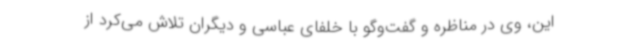
این، وی در مناظره و گفت‌وگو با خلفای عباسی و دیگران تلاش می‌کرد از